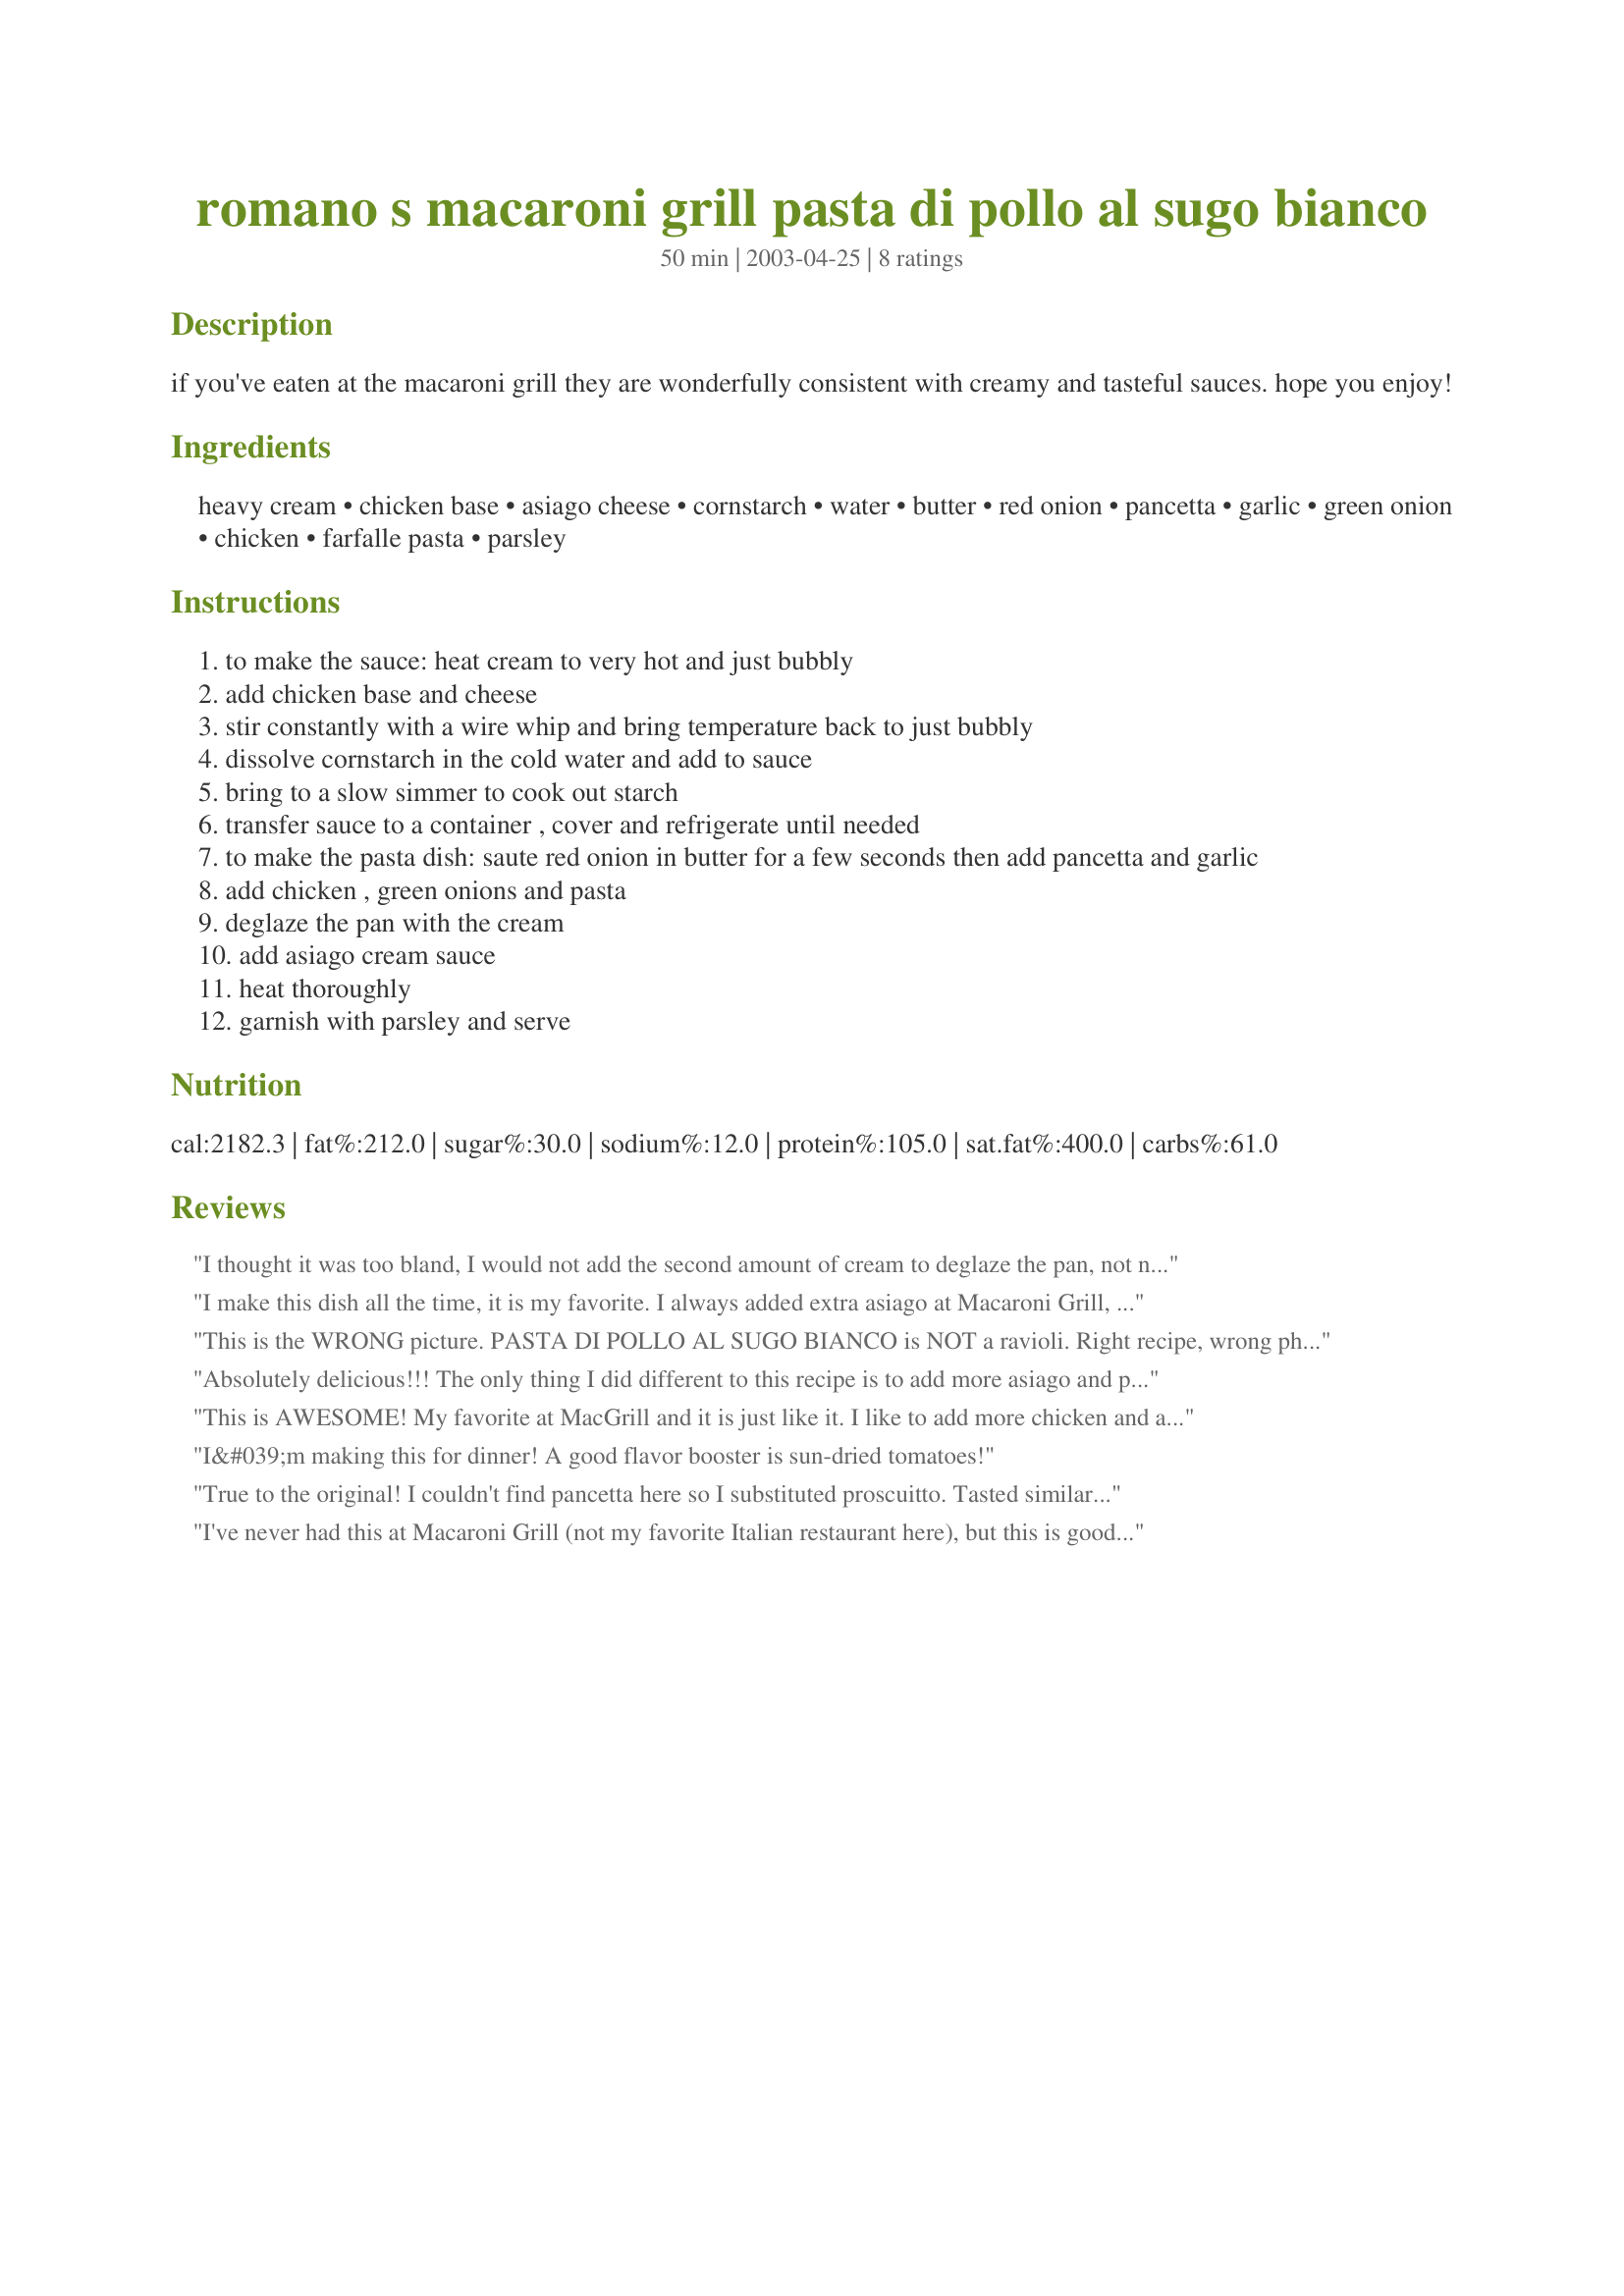
romano s macaroni grill pasta di pollo al sugo bianco
Preparation time: 50 minutes

if you've eaten at the macaroni grill they are wonderfully consistent with creamy and tasteful sauces. hope you enjoy!

Ingredients:
heavy cream, chicken base, asiago cheese, cornstarch, water, butter, red onion, pancetta, garlic, green onion, chicken, farfalle pasta, parsley

Steps:
to make the sauce: heat cream to very hot and just bubbly
add chicken base and cheese
stir constantly with a wire whip and bring temperature back to just bubbly
dissolve cornstarch in the cold water and add to sauce
bring to a slow simmer to cook out starch
transfer sauce to a container , cover and refrigerate until needed
to make the pasta dish: saute red onion in butter for a few seconds then add pancetta and garlic
add chicken , green onions and pasta
deglaze the pan with the cream
add asiago cream sauce
heat thoroughly
garnish with parsley and serve

Reviews:
I thought it was too bland, I would not add the second amount of cream to deglaze the pan, not necessary.
I make this dish all the time, it is my favorite. I always added extra asiago at Macaroni Grill, so a little extra makes it just a little bit better.
This is the WRONG picture. PASTA DI POLLO AL SUGO BIANCO is NOT a ravioli. Right recipe, wrong photo.
Absolutely delicious!!! The only thing I did different to this recipe is to add more asiago and pancetta.
This is AWESOME! My favorite at MacGrill and it is just like it. I like to add more chicken and a word to the wise watch your cream it will boil over before you know it is bubbling at all. Made it twice and boiled over both times. I also had trouble finding asiago (go figure) and works fine with a mixture of fresh parmesan, romano, and/or asiago.
I&#039;m making this for dinner! A good flavor booster is sun-dried tomatoes!
True to the original! I couldn't find pancetta here so I substituted proscuitto. Tasted similar and wonderful. Makes a HUGE amount! More than 4-5 servings!
I've never had this at Macaroni Grill (not my favorite Italian restaurant here), but this is good. I'd give it 5 stars except my husband and company felt it was a little bland. We added hot pepper flakes , more slat and pepper and everyone was much happier.
